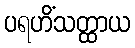
ပရဟိံသတ္ထာယ